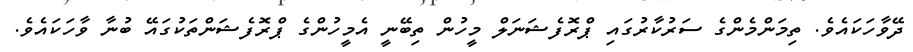
ދޭވާހަކައެވެ. ތިމަންމެންގެ ސަރުކާރުގައި ޕްރޮފެޝަނަލް މީހުން ތިބޭނީ އެމީހުންގެ ޕްރޮފެޝަންތަކުގައޭ ބުނާ ވާހަކައެވެ.